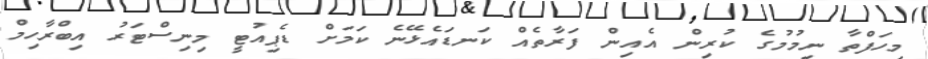
މިހަފްތާ ނިމުމުގެ ކުރިން އެއިން ފަރާތެއް ކަނޑައެޅޭނެ ކަމަށް ޑެޕިއުޓީ މިނިސްޓަރު އިބްރާހިމް